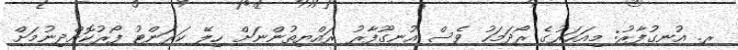
ރ. އުނގުފާރު: މިއަހަރުގެ ރޯދަމަހު ވެސް އުނގޫފާރު ރައްޔިތުންނަށް ހިލޭ ކަރަންޓު ފޯރުކޮށްދިނުމަށް